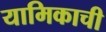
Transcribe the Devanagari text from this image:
यामिकाची